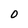
Character: O